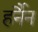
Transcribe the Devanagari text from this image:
हर्नैन